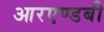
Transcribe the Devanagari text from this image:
आरएण्डबी